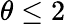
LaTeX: \theta\leq 2